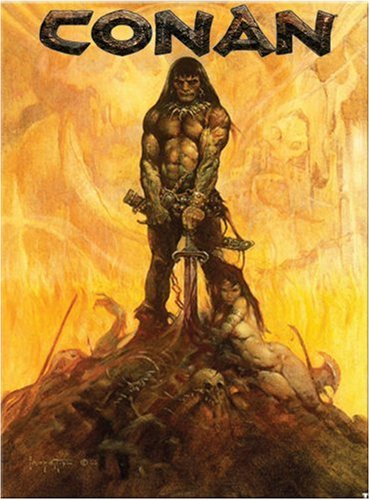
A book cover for Conan the Roleplaying Game (d20 3.0 Fantasy Roleplaying); Paul Tucker; Science Fiction & Fantasy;